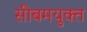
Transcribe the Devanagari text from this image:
सीबमयुक्त